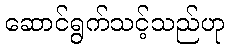
ဆောင်ရွက်သင့်သည်ဟု